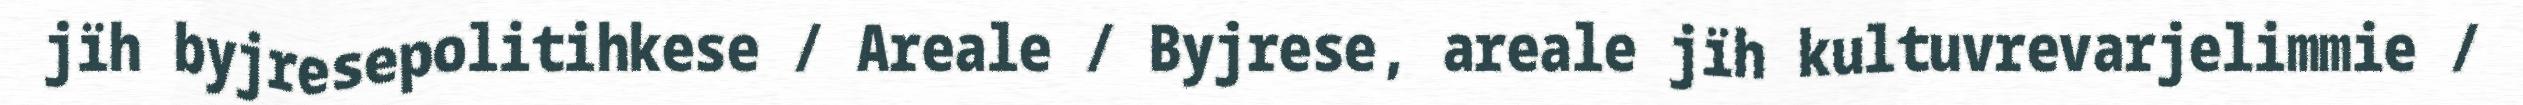
jïh byjresepolitihkese / Areale / Byjrese, areale jïh kultuvrevarjelimmie /